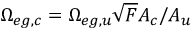
\Omega _ { e g , c } = \Omega _ { e g , u } \sqrt { F } A _ { c } / A _ { u }